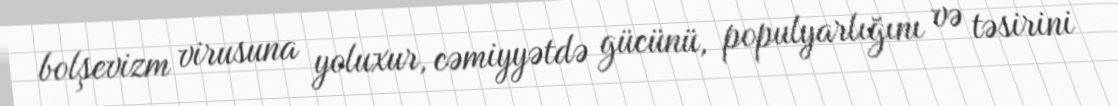
bolşevizm virusuna yoluxur, cəmiyyətdə gücünü, populyarlığını və təsirini